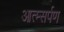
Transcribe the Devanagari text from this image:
आत्म्सर्पण